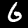
Digit: 6